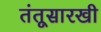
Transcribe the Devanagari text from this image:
तंतूसारखी